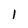
Character: 1